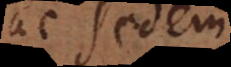
ac sedem